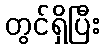
တွင်ရှိပြီး